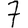
Digit: 7